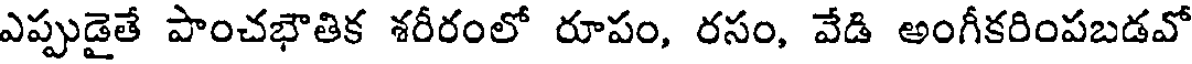
ఎప్పుడైతే పాంచభౌతిక శరీరంలో రూపం, రసం, వేడి అంగీకరింపబడవో